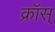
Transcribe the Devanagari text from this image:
क्रॉस्